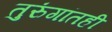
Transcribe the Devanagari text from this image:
तुरुंगांतही